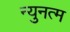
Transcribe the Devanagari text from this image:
न्युनत्म